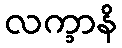
လက္ခာနိ